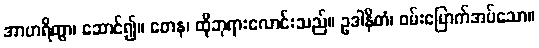
အာဟရိတွာ၊ ဆောင်၍။ တေန၊ ထိုဘုရားလောင်းသည်။ ဥဒါနိတံ၊ ဝမ်းမြောက်အပ်သော။